Annual administration and progress report of the Indian Medical Department, Bombay
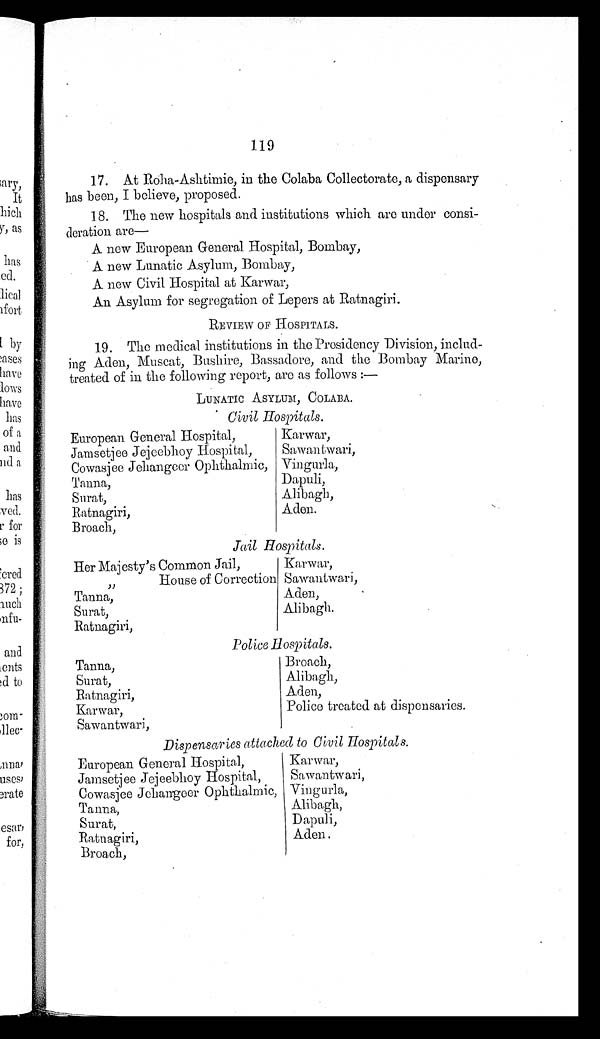
119
17. At Roha-Ashtimie, in the Colaba Collectorate, a dispensary
has been, I believe, proposed.
18. The new hospitals and institutions which are under consi
-
deration are—
A new European General Hospital, Bombay,
A new Lunatic Asylum, Bombay,
A new Civil Hospital at Karwar,
An Asylum for segregation of Lepers at Ratnagiri.
REVIEW OF HOSPITALS.
19. The medical institutions in the Presidency Division, includ-
ing Aden, Muscat, Bushire, Bassadore, and the Bombay Marine,
treated of in the following report, are as follows:—
LUNATIC ASYLUM, COLABA.
Civil Hospitals.
European General Hospital,
Karwar,
Sawantwari,
Jamsetjee Jejeebhoy Hospital,
Cowasjee Jehangeer Ophthalmic, Vingurla,
Tanna,
Dapuli,
Alibagh,
Surat,
Ratnagiri,
Aden.
Broach,
Jail Hospitals.
Her Majesty's Common Jail,
Karwar,
Sawantwari,
" House of Correction
Tanna,
Aden,
Alibagh.
Surat,
Ratnagiri,
Police Hospitals.
Tanna,
Broach,
Surat,
Alibagh,
Ratnagiri,
Aden,
Karwar,
Police treated at dispensaries.
Sawantwari,
Dispensaries attached to Civil Hospitals.
European General Hospital,
Karwar,
Sawantwari,
Jamsetjee Jejeebhoy Hospital,
Cowasjee Jehangeer Ophthalmic, Vingurla,
Tanna,
Alibagh,
Dapuli,
Surat,
Ratnagiri,
Aden.
Broach,